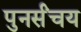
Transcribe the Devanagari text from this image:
पुनर्संचय